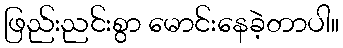
ဖြည်းညင်းစွာ မောင်းနေခဲ့တာပါ။